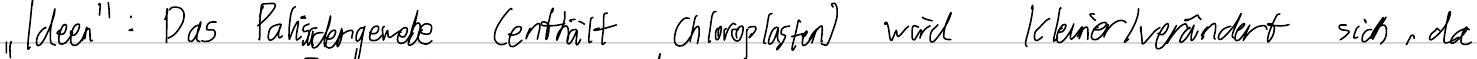
"Ideen": Das Palisadengewebe (enthält Chloroplasten) wird kleiner/verändert sich, da